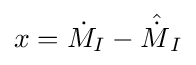
x={\dot {M}}_{I}-{\hat {\dot {M}}}_{I}